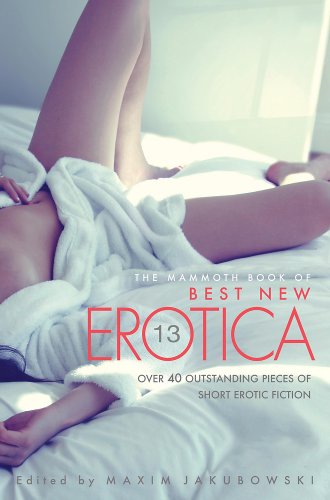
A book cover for The Mammoth Book of Best New Erotica 13; Romance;